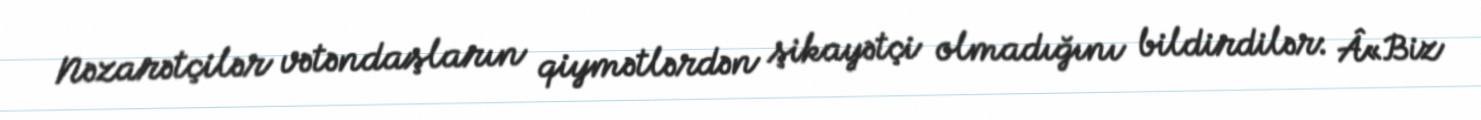
Nəzarətçilər vətəndaşların qiymətlərdən şikayətçi olmadığını bildirdilər: Â«Biz